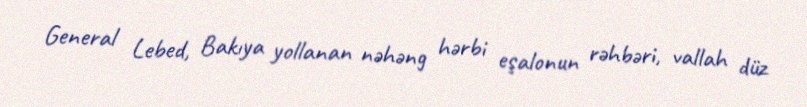
General Lebed, Bakıya yollanan nəhəng hərbi eşalonun rəhbəri, vallah düz